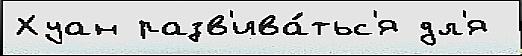
Хуан разв'ива́тьс'я дл'я